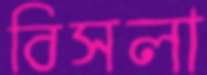
বিসলা